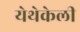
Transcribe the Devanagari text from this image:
येथेकेली